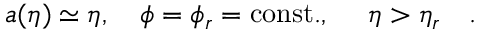
a ( \eta ) \simeq \eta , ~ ~ ~ \phi = \phi _ { r } = \mathrm { c o n s t . } , ~ ~ ~ ~ \eta > \eta _ { r } ~ ~ ~ .